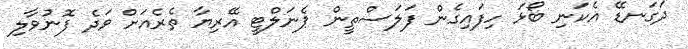
ދަގަނޑޭ އެކަނި ބޯޅަ ހިފައިގެން ފަލަސްތީން ޕެނަލްޓީ އޭރިޔާ ތެރެއަށް ވަދެ ފޮނުވާލި